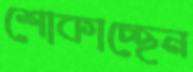
শোকাচ্ছেন